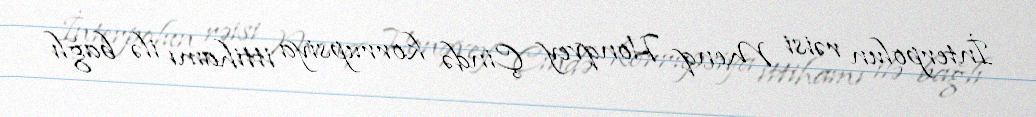
İnterpolun rəisi Menq Honqvey Çində korrupsiya ittihamı ilə bağlı